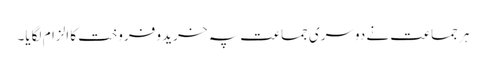
ہر جماعت نے دوسری جماعت پہ خرید و فروخت کا الزام لگایا۔